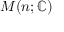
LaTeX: M ( n ; \mathbb { C } )